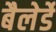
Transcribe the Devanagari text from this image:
बैलेर्डे